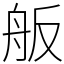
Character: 舨